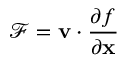
\mathcal F = \mathbf v \cdot \frac { \partial f } { \partial \mathbf x }